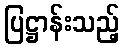
ပြဋ္ဌာန်းသည့်